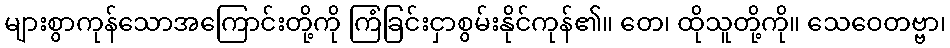
များစွာကုန်သောအကြောင်းတို့ကို ကြံခြင်းငှာစွမ်းနိုင်ကုန်၏။ တေ၊ ထိုသူတို့ကို။ သေဝေတဗ္ဗာ၊